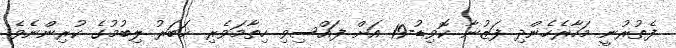
ފެތުރުނީ މަހާރެހެންދި ފަޒުނާ ކޮވިޑު-19 އަށް ފައްސިވި ހިތާމަވެރި ޚަބަރު ލިބުމުގެ ކުރިންނެވެ.